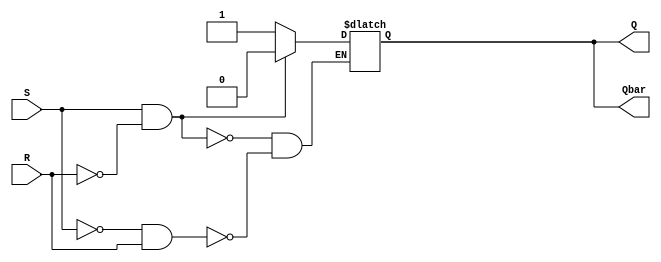
module sr_latch (
    input S,
    input R,
    output reg Q,
    output reg Qbar
);

assign Q = Qbar;
assign Qbar = Q;

always @ (S or R)
begin
    if (S == 1 && R == 0)
    begin
        Q <= 1;
        Qbar <= 0;
    end
    else if (S == 0 && R == 1)
    begin
        Q <= 0;
        Qbar <= 1;
    end
    else
    begin
        Q <= Q;
        Qbar <= Qbar;
    end
end

endmodule